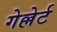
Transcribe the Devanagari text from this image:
गेल्लेर्ट